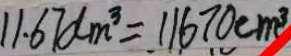
1 1 . 6 7 d m ^ { 3 } = 1 1 6 7 0 c m ^ { 3 }